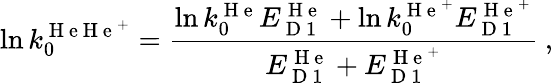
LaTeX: \ln k_{0}^{\mathrm{~H~e~H~e~}^{+}}=\frac{\ln k_{0}^{\mathrm{~H~e~}}E_{\mathrm{~D~1~}}^{\mathrm{~H~e~}}+\ln k_{0}^{\mathrm{~H~e~}^{+}}E_{\mathrm{~D~1~}}^{\mathrm{~H~e~}^{+}}}{E_{\mathrm{~D~1~}}^{\mathrm{~H~e~}}+E_{\mathrm{~D~1~}}^{\mathrm{~H~e~}^{+}}}\ ,